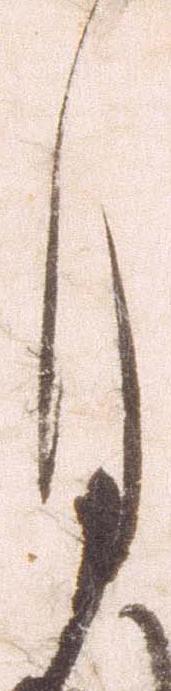
月